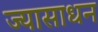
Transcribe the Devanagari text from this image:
ज्यासाधन